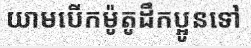
យាមបើកម៉ូតូដឹកប្អូនទៅ